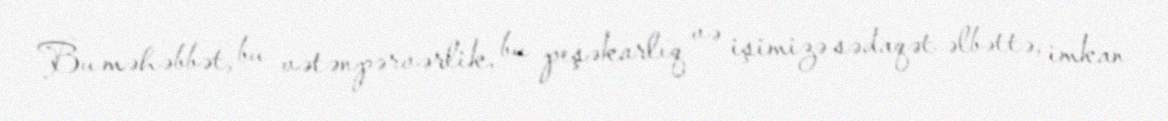
Bu məhəbbət, bu vətənpərvərlik, bu peşəkarlıq və işimizə sədaqət əlbəttə, imkan